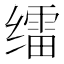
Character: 𱺭